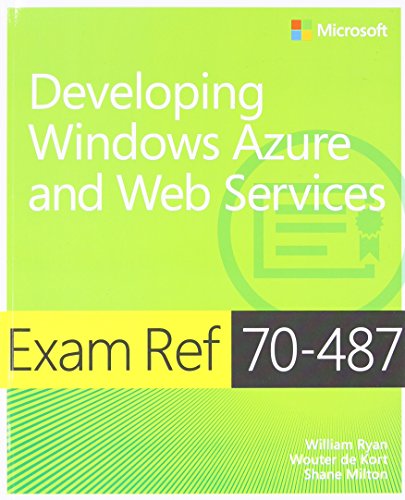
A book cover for Exam Ref 70-487 Developing Windows Azure and Web Services (MCSD); William Ryan; Computers & Technology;